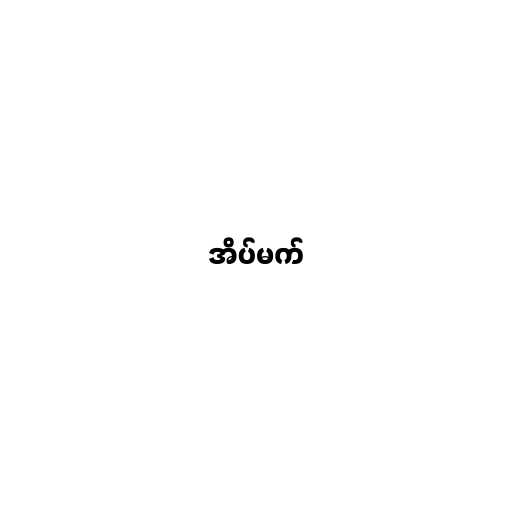
အိပ်မက်